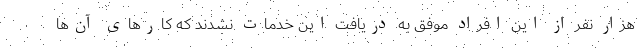
هزار نفر از این افراد موفق به دریافت این خدمات نشدند که کارهای آن‌ها